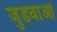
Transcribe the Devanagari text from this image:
जुडवाओं